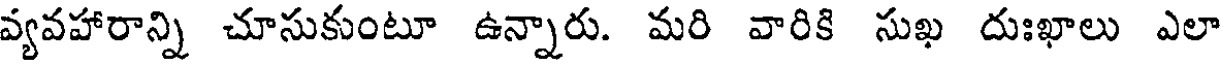
వ్యవహారాన్ని చూసుకుంటూ ఉన్నారు. మరి వారికి సుఖ దుఃఖాలు ఎలా